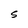
Character: S